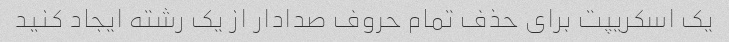
یک اسکریپت برای حذف تمام حروف صدادار از یک رشته ایجاد کنید